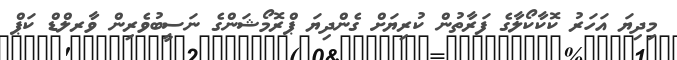
މިދިޔަ އަހަރު ކޮކާކޯލާގެ ފަރާތުން ކުރިޔަށް ގެންދިޔަ ޕްރޮމޯޝަންގެ ނަސީބުވެރިން ވާރލްޑް ކަޕް